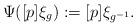
LaTeX: \begin{align*} \Psi([p] \xi_g) := [p] \xi_{g^{-1}}.\end{align*}